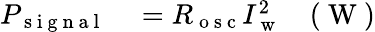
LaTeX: \begin{array}{rlr}{P_{\mathrm{~s~i~g~n~a~l~}}}&{{}=R_{\mathrm{~o~s~c~}}I_{\mathrm{~w~}}^{2}}&{(\mathrm{~W~})}\end{array}